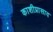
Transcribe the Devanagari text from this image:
काशीप्रासाद